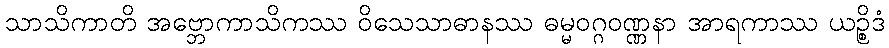
သာသိကာတိ အဗ္ဘောကာသိကဿ ဝိသေသာဓာနဿ ဓမ္မဝဂ္ဂဝဏ္ဏနာ အာရကာဿ ယဉ္စိဒံ